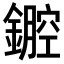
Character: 𨭏